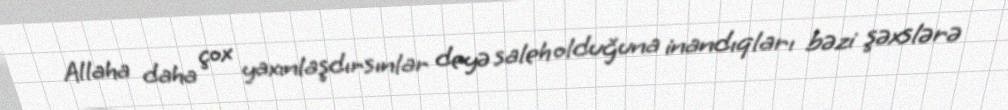
Allaha daha çox yaxınlaşdırsınlar deyə saleh olduğuna inandıqları bəzi şəxslərə